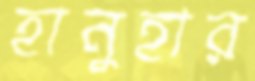
হানুহার